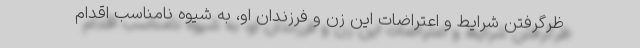
ظرگرفتن شرایط و اعتراضات این زن و فرزندان او، به شیوه نامناسب اقدام